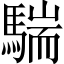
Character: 𩤚